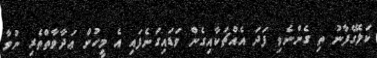
ކަލޭގެފާނު ތި ގެންނެވި ފަދަ އެއްޗަކާއިގެން ވަޑައިގަނެފައި އެ މީހުން ޢަދާވާތްތެރި ނުވާ